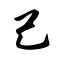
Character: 己